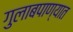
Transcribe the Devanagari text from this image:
गुलाबपाण्यात